Vital statistics of India. Vol. IV, Annual returns from 1871 to 1876. British Army of India, Native Army and jails of Bengal
Year: 1871
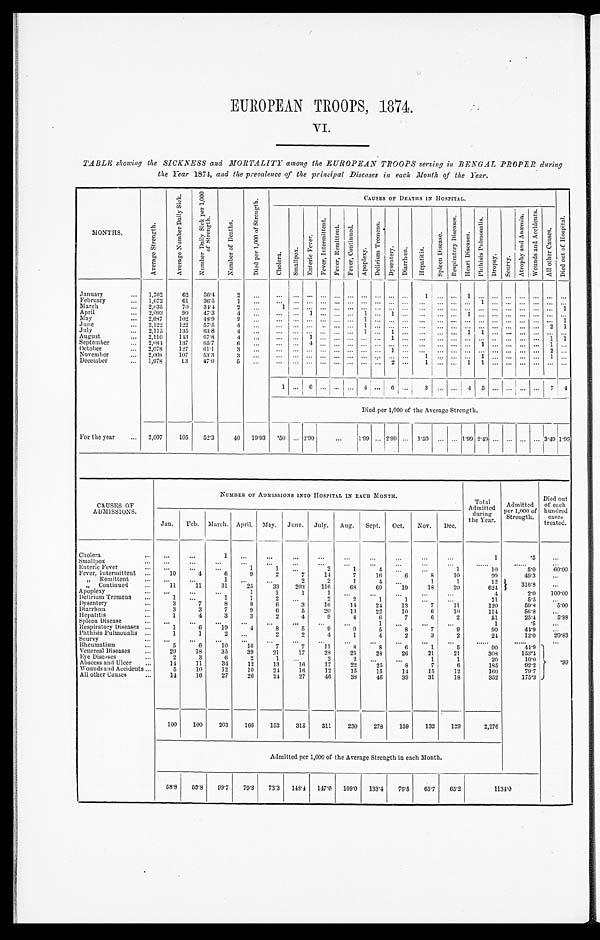
EUROPEAN TROOPS, 1874.
VI.
TABLE showing the SICKNESS and MORTALITY among the EUROPEAN TROOPS serving in BENGAL PROPER during
the Year 1874, and the prevalence of the principal Diseases in each Month of the Year.
M O N T H S .
A v e r a g e S t r e n g t h .
A v e r a g e N u m b e r D a i l y S i c k .
N u m b e r D a i l y S i c k p e r 1 , 0 0 0 o f S t r e n g t h .
N u m b e r o f D e a t h s .
D i e d p e r 1 , 0 0 0 o f S t r e n g t h .
CAUSES OF DEATHS IN HOSPITAL.
D i e d o u t o f H o s p i t a l .
C h o l e r a .
S m a l l p o x .
E n t e r i c F e v e r .
F e v e r , I n t e r m i t t e n t .
F e v e r , R e m i t t e n t .
F e v e r , C o n t i n u e d .
A p o p l e x y .
D e l i r i u m T r o m e n s .
D y s e n t e r y .
D i a r r h œ a .
Hepat i t i s.
S p l e e n D i s e a s e .
R e s p i r a t o r y D i s e a s e s .
H e a r t D i s e a s e s .
P h t h i s i s P u l m o n a l i s .
D r o p s y .
Scurvy.
A t r o p h y a n d A n æ m i a .
W o u n d s a n d A c c i d e n t s .
A l l o t h e r C a u s e s .
January . . .
1,702
62
36.4
2
. . .
. . .
. . . . . .
. . .
. . .
. . .
. . .
. . .
. . .
. . .
1
. . .. . .
1
. . .
. . .
. . . . . .
. . .
. . . . . .
February . . .
1,672
61
36.5
1
. . .
. . .
. . . . . .
. . .
. . .
. . .
. . .
. . .
. . .
. . . . . .
. . . . . .
. . .
1
. . .. . . . . .
. . . . . . . . .
March . . .
2,035
70
34.4
2
. . .
1
. . . . . .
. . .
. . .
. . .
. . .
. . .
. . . . . . . . .
. . . . . .
. . .
. . .
. . . . . . . . .
. . .
. . . 1
April . . .
2,093
99
47.3
4
. . .
. . .
. . .
1
. . .
. . . . . .
1
. . .
1
. . .. . .
. . . . . .
1
. . .
. . . . . . . . .
. . .
. . . . . .
May . . .
2,087
102
48.9
2
. . .
. . .
. . .
. . .
. . .
. . .
. . .
1
. . .
. . .
. . . . . .
. . . . . .
. . .
. . .
. . . . . . . . .
. . .
. . .
1
June . . .
2,122
122
57.5
4
. . .
. . .
. . .
. . .
. . .
. . .
. . .
1
. . .
. . .
. . .. . .
. . . . . .
. . .
. . .
. . . . . . . . .
. . .
2 1
July . . .
2,115
135
63.8
4
. . .
. . .
. . . . . .
. . .
. . .
. . .
1
. . . 1
. . .. . .
. . . . . .
1
1
. . . . . . . . .
. . . . . . . . .
August . . .
2,110
143
67.8
4
. . .
. . .
. . . 1
. . .
. . .
. . .
. . .
. . .
1
. . . . . .
. . . . . .
. . .
. . .
. . .
. . . . . .
. . .
1
1
September . . .
2,084
137
65.7
6
. . .
. . .
. . . 4
. . .
. . . . . .
. . .
. . .
. . . . . . . . .
. . . . . .
. . .
1
. . . . . . . . .
. . .
1 . . .
October . . .
2,078
127
61.1
3
. . .
. . .
. . . . . .
. . .
. . .
. . .
. . .
. . .
1
. . . . . .
. . . 1
. . .
. . .
. . . . . . . . .
. . .
2 . . .
November . . .
2,008
107
53.3
3
. . .
. . .
. . . . . .
. . .
. . .
. . .
. . .
. . .
. . .
. . .1
. . . . . .
. . .
1
. . .. . . . . .
. . . 1 . . .
December . . .
1,978
93
47.0
5
. . .
. . .
. . . . . .
. . .
. . .
. . .
. . .
. . .
2
. . .
1
. . .
. . .
1
1
. . .. . . . . .
. . .
. . . . . .
1
. . . 6
. . .
. . .
. . .
4
. . .
6
. . .
3
. . . . . .
4
5
. . .. . . . . .
. . . 7 4
Died per 1,000 of the Average Strength.
For the year . . .
2,007
105
52.3
40
19.93
. 5 0
. . . 2.99
. . .
1.99
. . . 2.99
. . . 1.50
. . .
. . . 1.99 2.49
. . .
. . . . . .
. . .
3 . 4 9
1.99
CAUSES OF
ADMISSIONS.
NUMBER OF ADMISSIONS INTO HOSPITAL IN EACH MONTH.
Total
Admitted
during
the Year.
Admitted
per 1,000 of
Strength.
Died out
of each
hundred
cases treated.
Jan.
Feb.
March. April.
May.
June.
July.
Aug.
Sept.
Oct.
Nov.
Dec.
Cholera . . .
. . .
. . .
1
. . .
. . .
. . .
. . .
. . .
. . .
. . .
. . .
. . .
1
.5
. . .
Smallpox . . .
. . .
. . .
. . .
. . .
. . .
. . .
. . .
. . .
. . .
. . .
. . .
. . .
. . .
. . .
. . .
Enteric Fever . . .
. . .
. . .
. . .
1
1
. . .
2
1
4
. . .
. . .
1
10
5.0
60.00
Fever, Intermittent . . .
10
4
6
9
2
7
14
7
16
6
8
10
99
49.3
. . .
" Remittent . . .
. . .
. . .
1
. . .
. . .
2
2
1
4
. . .
1
1
12
316.8
. . .
" Continued . . .
11
11
31
25
33
203
116
68
69
19
18
20
624
Apoplexy . . .
. . .
. . .
. . .
1
1
1
1
. . .
. . .
. . .
. . .
. . .
4
2.0
100.00
Delirium Tremens . . .
1
. . .
1
1
2
. . .
2
2
1
1
. . .
. . .
1 1
5.5
. . .
Dysentery . . .
3
7
8
8
6
3
16
14
24
13
7
11
120
59.8
5.00
Diarrhœa . . .
3
3
7
9
6
5
20
13
22
10
6
10
114
56.8
. . .
Hepatitis . . .
1
4
3
3
2
4
9
4
6
7
6
2
51
25.4
5.88
Spleen Disease . . .
. . .
. . .
. . .
. . .
. . .
. . .
. . .
. . .
1
. . .
. . .
. . .
1
.5
. . .
Respiratory Diseases . . .
1
6
19
4
8
5
9
9
5
8
7
9
90
44.9
. . .
Phthisis Pulmonalis . . .
1
1
2
. . .
2
2
4
1
4
2
3
2
24
12.0
20.83
Scurvy . . .
. . .
. . .
. . .
. . .
. . .
. . .
. . .
. . .
. . .
. . .
. . .
. . .
. . .
. . .
. . .
Rheumatism . . .
5
6
10
16
7
7
11
8
8
6
1
5
90
44.9 .99
Venereal Diseases . . .
29
18
35
39
21
17
28
25
28
26
21
21
308
153.4
Eye Diseases . . .
2
3
6
2
1
. . .
2
2
. . .
. . .
1
1
20
10.0
Abscess and Ulcer . . .
14
11
34
12
13
16
17
22
25
8
7
6
185
92.2
Wounds and Accidents . . .
5
10
12
10
24
16
12
15
15
14
15
12
160
79.7
All other Causes . . .
14
16
27
26
24
27
46
38
46
39
31
18
352
175.3
100
100
203
166
153
315
311
230
278
159
132
129
2,276
Admitted per 1,000 of the Average Strength in each Month.
58.8
59.8
99.7
79.3
73.3
148.4
147.0
109.0
133.4
76.5
65.7
65.2
1134.0